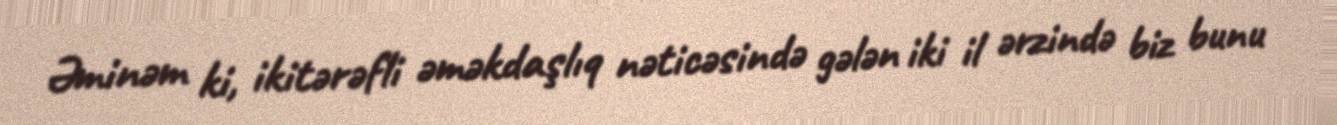
Əminəm ki, ikitərəfli əməkdaşlıq nəticəsində gələn iki il ərzində biz bunu